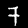
Label: 7